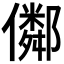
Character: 𠐕